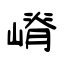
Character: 嵴